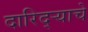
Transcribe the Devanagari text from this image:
दारिद्‌ऱ्याचे